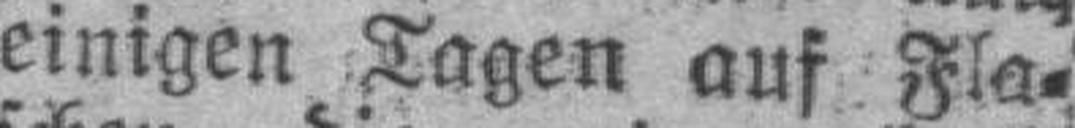
einigen Tagen auf Fla¬